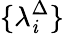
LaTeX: \{ \lambda_{\mathit{i}}^{\Delta}\}